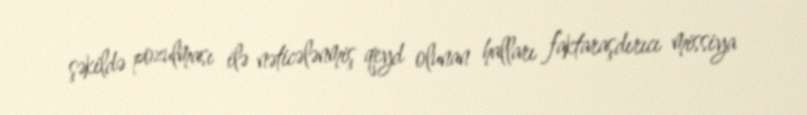
şəkildə pozulması ilə nəticələnmiş qeyd olunan halları faktaraşdırıcı missiya